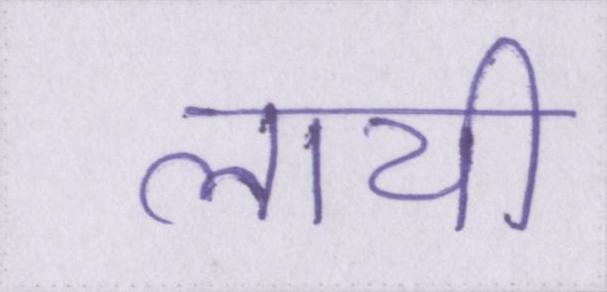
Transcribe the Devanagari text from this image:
लायी